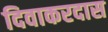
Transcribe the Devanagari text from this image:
दिवाकरदास